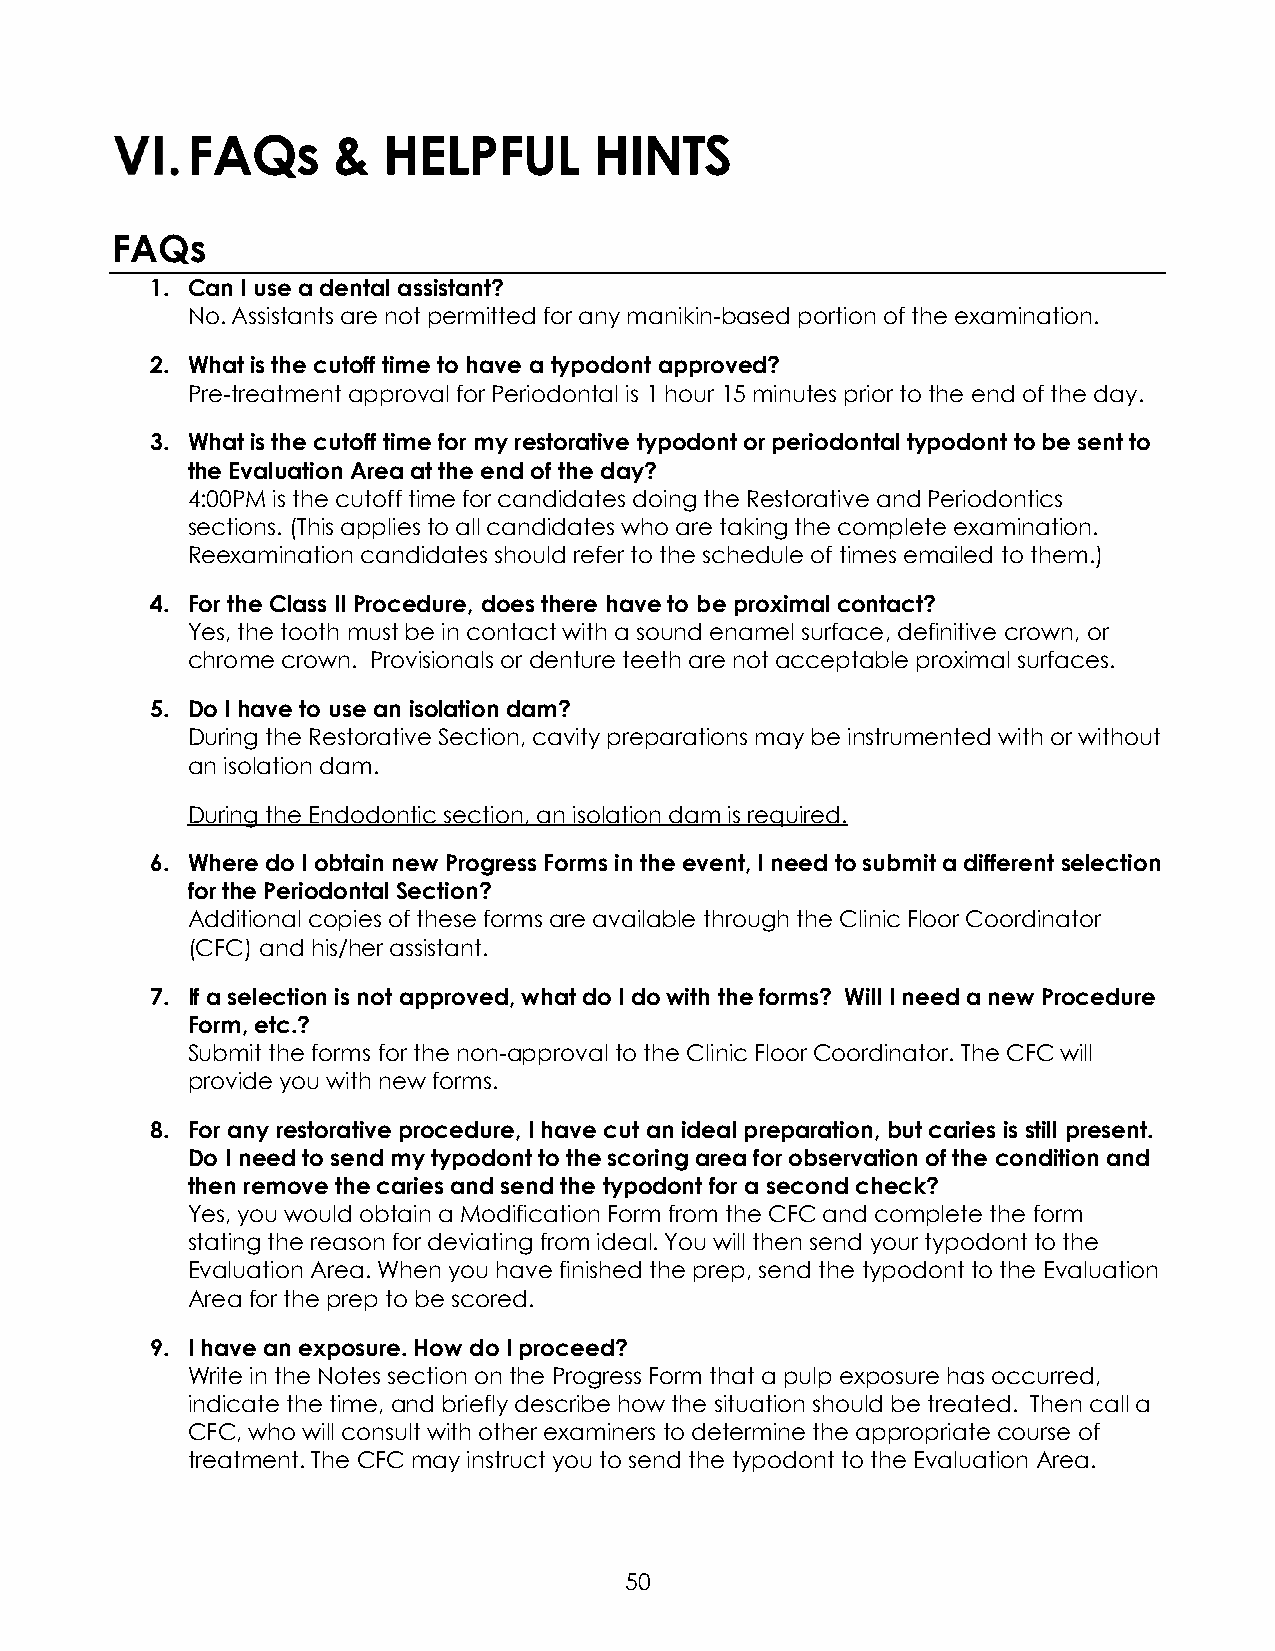
FAQs      &  HELPFUL       HINTS
 FAQs
 1. Can I use a dental assistant?
 No. Assistants are not permitted for any manikin-based portion of the examination.
 2. What is the cutoff time to have a typodont approved?
 Pre-treatment approval for Periodontal is 1 hour 15 minutes prior to the end of the day.
 3. What is the cutoff time for my restorative typodont or periodontal typodont to be sent to
 the Evaluation Area at the end of the day?
 4:00PM is the cutoff time for candidates doing the Restorative and Periodontics
 sections. (This applies to all candidates who are taking the complete examination.
 Reexamination candidates should refer to the schedule of times emailed to them.)
 4. For the Class II Procedure, does there have to be proximal contact?
 Yes, the tooth must be in contact with a sound enamel surface, definitive crown, or
 chrome crown. Provisionals or denture teeth are not acceptable proximal surfaces.
 5. Do I have to use an isolation dam?
 During the Restorative Section, cavity preparations may be instrumented with or without
 an isolation dam.
 During the Endodontic section, an isolation dam is required.
 6. Where do I obtain new Progress Forms in the event, I need to submit a different selection
 for the Periodontal Section?
 Additional copies of these forms are available through the Clinic Floor Coordinator
 (CFC) and his/her assistant.
 7. If a selection is not approved, what do I do with the forms? Will I need a new Procedure
 Form, etc.?
 Submit the forms for the non-approval to the Clinic Floor Coordinator. The CFC will
 provide you with new forms.
 8. For any restorative procedure, I have cut an ideal preparation, but caries is still present.
 Do I need to send my typodont to the scoring area for observation of the condition and
 then remove the caries and send the typodont for a second check?
 Yes, you would obtain a Modification Form from the CFC and complete the form
 stating the reason for deviating from ideal. You will then send your typodont to the
 Evaluation Area. When you have finished the prep, send the typodont to the Evaluation
 Area for the prep to be scored.
 9. I have an exposure. How do I proceed?
 Write in the Notes section on the Progress Form that a pulp exposure has occurred,
 indicate the time, and briefly describe how the situation should be treated. Then call a
 CFC, who will consult with other examiners to determine the appropriate course of
 treatment. The CFC may instruct you to send the typodont to the Evaluation Area.
 50